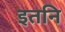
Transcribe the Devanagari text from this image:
इतनि